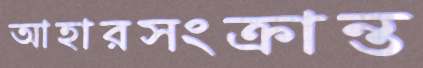
আহারসংক্রান্ত